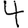
Digit: 4